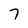
Character: 7